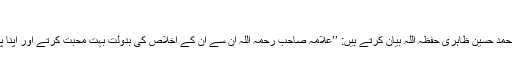
‘‘
فضیلۃ الشیخ محمد حسین ظاہری حفظہ اللہ بیان کرتے ہیں: ’’علامہ صاحب رحمہ اللہ ان سے ان کے اخلاص کی بدولت بہت محبت کرتے اور اپنا پیر کہتے تھے۔